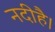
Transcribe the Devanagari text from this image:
नदीहै।